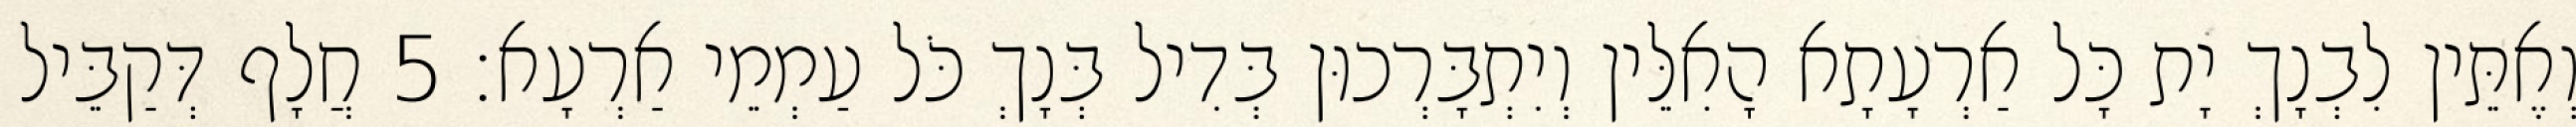
וְאֶתֵּין לִבְנָךְ יָת כָּל אַרְעָתָא הָאִלֵּין וְיִתְבָּרְכוּן בְּדִיל בְּנָךְ כֹּל עַמְמֵי אַרְעָא׃ 5 חֲלָף דְּקַבֵּיל